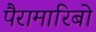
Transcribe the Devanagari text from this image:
पैरामारिबो